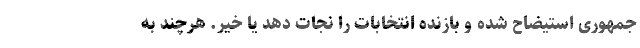
جمهوری استیضاح شده و بازنده انتخابات را نجات دهد یا خیر. هرچند به